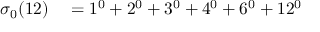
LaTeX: \begin{array} { r l } { \sigma _ { 0 } ( 1 2 ) } & { { } = 1 ^ { 0 } + 2 ^ { 0 } + 3 ^ { 0 } + 4 ^ { 0 } + 6 ^ { 0 } + 1 2 ^ { 0 } } \end{array}